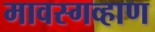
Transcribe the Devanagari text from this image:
मावस्गव्हाण